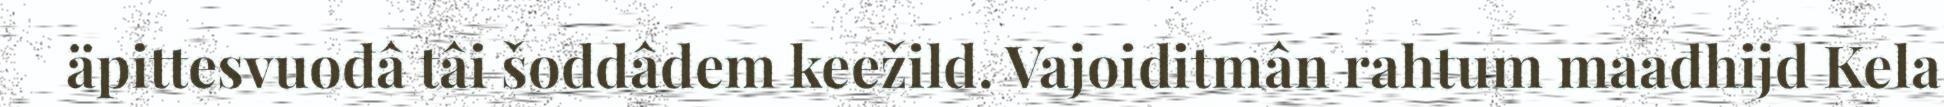
äpittesvuođâ tâi šoddâdem keežild. Vajoiditmân rahtum maađhijd Kela